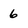
Character: 6